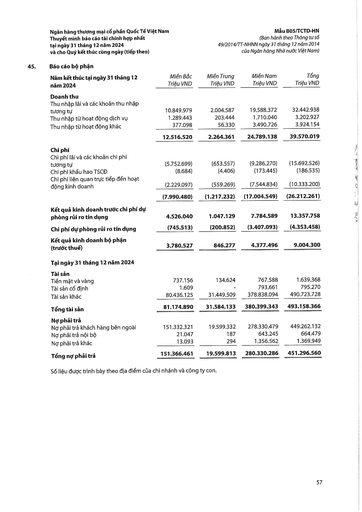
|Năm kết thúc tại ngày 31 tháng 12 năm 2024|Miền Bắc Triệu VND|Miền Trung Triệu VND|Miền Nam Triệu VND|Tổng Triệu VND| |---|---|---|---|---| |Doanh thu||||| |Thu nhập lãi và các khoản thu nhập tương tự|10.849.979|2.004.587|19.588.372|32.442.938| |Thu nhập từ hoạt động dịch vụ|1.289.443|203.444|1.710.040|3.202.927| |Thu nhập từ hoạt động khác|377.098|56.330|3.490.726|3.924.154| ||12.516.520|2.264.361|24.789.138|39.570.019| |Chi phí||||| |Chi phí lãi và các khoản chi phí tương tự|(5.752.699)|(653.557)|(9.286.270)|(15.692.526)| |Chi phí khấu hao TSCĐ|(8.684)|(4.406)|(173.445)|(186.535)| |Chi phí liên quan trực tiếp đến hoạt động kinh doanh|(2.229.097)|(559.269)|(7.544.834)|(10.333.200)| ||(7.990.480)|(1.217.232)|(17.004.549)|(26.212.261)| |Kết quả kinh doanh trước chi phí dự phòng rủi ro tín dụng|4.526.040|1.047.129|7.784.589|13.357.758| |Chi phí dự phòng rủi ro tín dụng|(745.513)|(200.852)|(3.407.093)|(4.353.458)| |Kết quả kinh doanh bộ phận (trước thuế)|3.780.527|846.277|4.377.496|9.004.300| |Tại ngày 31 tháng 12 năm 2024||||| |Tài sản||||| |Tiền mặt và vàng|737.156|134.624|767.588|1.639.368| |Tài sản cố định|1.609|-|793.661|795.270| |Tài sản khác|80.436.125|31.449.509|378.838.094|490.723.728| |Tổng tài sản|81.174.890|31.584.133|380.399.343|493.158.366| |Nợ phải trả||||| |Nợ phải trả khách hàng bên ngoài|151.332.321|19.599.332|278.330.479|449.262.132| |Nợ phải trả nội bộ|21.047|187|643.245|664.479| |Nợ phải trả khác|13.093|294|1.356.562|1.369.949| |Tổng nợ phải trả|151.366.461|19.599.813|280.330.286|451.296.560|